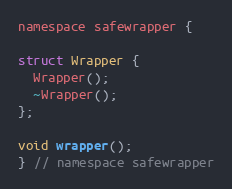
Language: C
namespace safewrapper {

struct Wrapper {
  Wrapper();
  ~Wrapper();
};

void wrapper();
} // namespace safewrapper